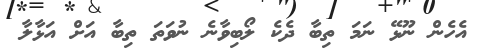
އެހެން ނޫޅޭ ނަމަ ތިބާ ދެކެ ލޯބިވާނެ ނުވަތަ ތިބާ އަށް އަޅާލާ